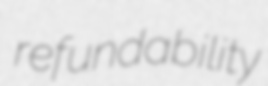
refundability